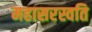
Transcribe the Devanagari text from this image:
महासरस्वति